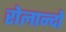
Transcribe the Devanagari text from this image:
रोलान्दो